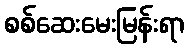
စစ်ဆေးမေးမြန်းရာ